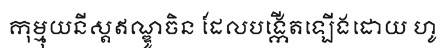
កុម្មុយនីស្តឥណ្ឌូចិន ដែលបង្កើតឡើងដោយ ហូ